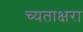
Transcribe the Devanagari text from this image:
च्यताक्षरा